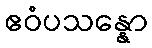
ဧဝံပသန္နော